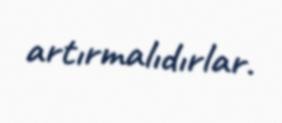
artırmalıdırlar.